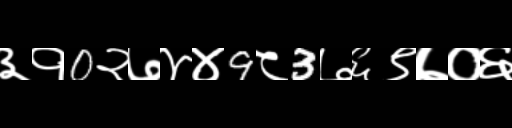
Text: ३१0२७४४9८3७६९७०६